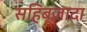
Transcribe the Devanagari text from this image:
सहिब्ज़ादा